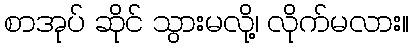
စာအုပ် ဆိုင် သွားမလို့၊ လိုက်မလား။